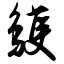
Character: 鹱